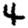
Digit: 4